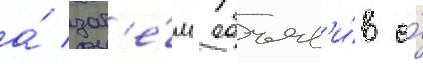
а́ зат'е́м объяв'и́в о́